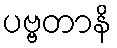
ပဗ္ဗတာနိ